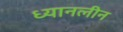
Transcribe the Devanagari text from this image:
ध्यानलीन